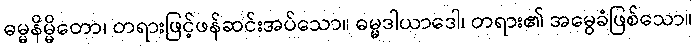
ဓမ္မနိမ္မိတော၊ တရားဖြင့်ဖန်ဆင်းအပ်သော။ ဓမ္မဒါယာဒေါ၊ တရား၏ အမွေခံဖြစ်သော။